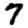
Digit: 7